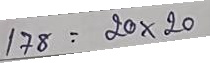
178 = 20 x 20